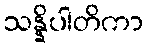
သန္နိပါတိကာ